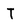
Character: T